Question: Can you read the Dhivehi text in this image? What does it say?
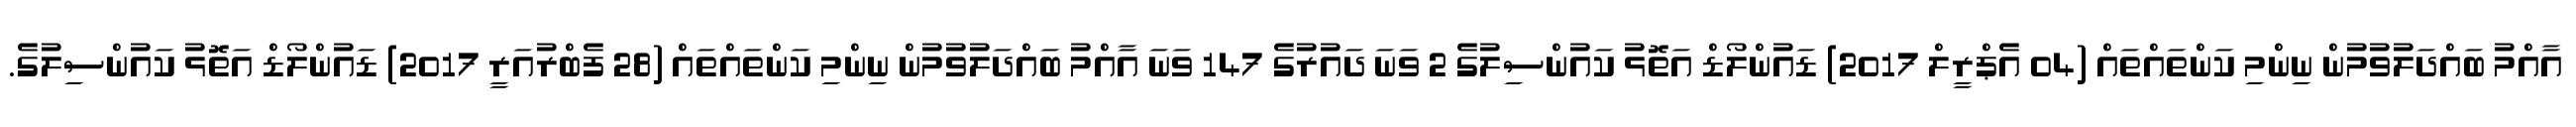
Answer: އާއްމު ބައްދަލުވުމުން ނިންމި ކަންތައްތައް (04 އެޕްރީލް 2017) ޑައުންލޯޑް އަތޮޅު ކައުންސިލުގެ 2 ވަނަ ދައުރުގެ 147 ވަނަ އާއްމު ބައްދަލުވުމުން ނިންމި ކަންތައްތައް (28 ފެބްރުއަރީ 2017) ޑައުންލޯޑް އަތޮޅު ކައުންސިލުގެ.